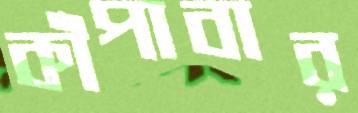
কাঁপাবার